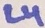
Text: L4